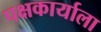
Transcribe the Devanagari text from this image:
पक्षकार्याला